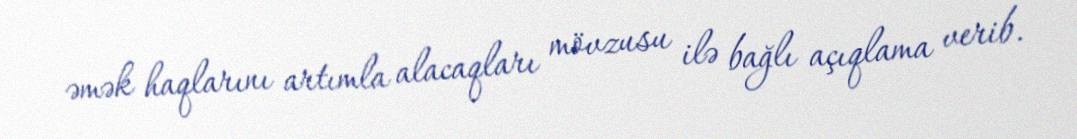
əmək haqlarını artımla alacaqları mövzusu ilə bağlı açıqlama verib.